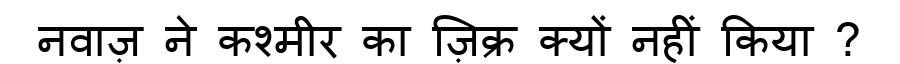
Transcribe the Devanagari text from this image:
नवाज़ ने कश्मीर का ज़िक्र क्यों नहीं किया ?